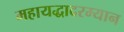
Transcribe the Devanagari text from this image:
महायद्धादरम्यान